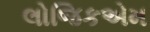
લોજિકએમ